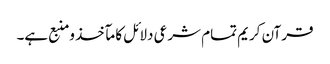
قرآن کریم تمام شرعی دلائل کا مآخذ ومنبع ہے۔